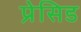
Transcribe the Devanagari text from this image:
प्रेसिड